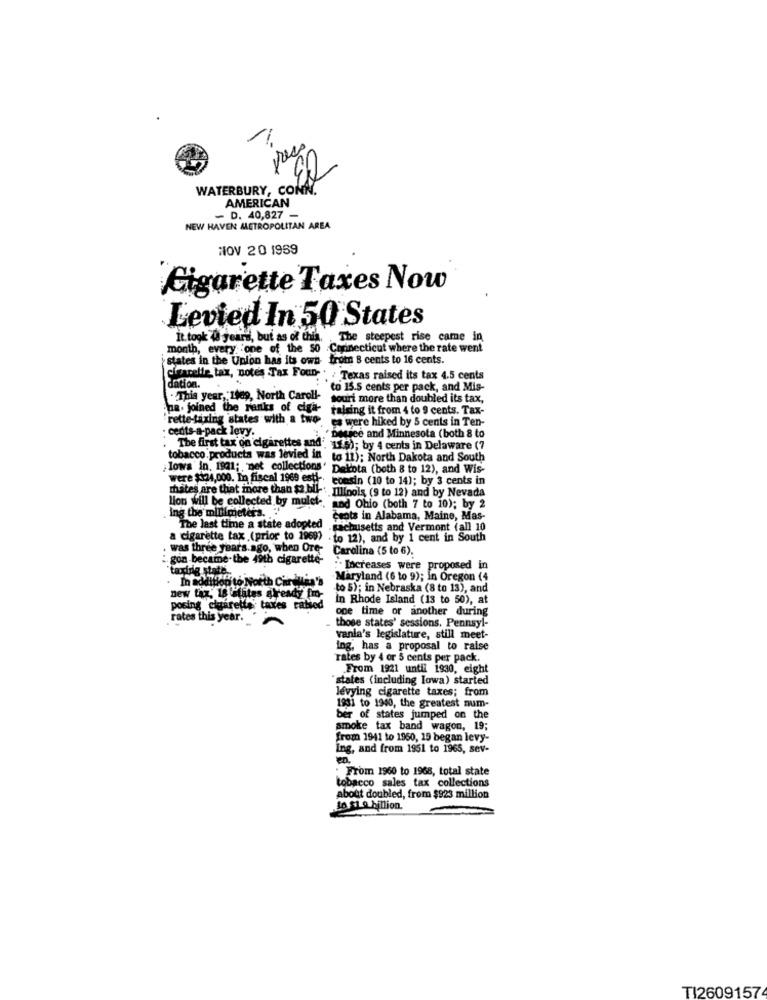
03
WATERBURY, CONN.
AMERICAN
- D. 40,827 -
NEW HAVEN ALETROPOLITAN AREA
NOV 20 1959
Cigarette Taxes Now
Levied In 50 States
It took d jeard, but as of thia, The steepest rise came in
month, every one of the 50 Connecticut where the rate went
states in the Union has its own- from 8 cents to 16 cents.
charlie tax, notes Tax Foun . : Texas raised its tax 4.5 cents
dation.
to 15.5 cents per pack, and Mis-
.This year, 1949, North Caroll-
souri more than doubled its tax,
Ppa. joined the ranks of cigar ralsing it from 4 to 9 cents. Tax-
"rette-taxing 'states with a two, es were hiked by 5 cents in Ten-
cedits-a-pack levy.
· Decree and Minnesota (both 8 to
The first tax on cigarettes and'. 12.5); by 4 cents in Delaware (7
tobacco. products was levied in to 11); North Dakota and South
Towa in. 1821 ;. net collections' Dekota (both 8 to 12), and Wis-
were $124,000. In fiscal 1969 esti-
consin (10 to 14); by 3 cents in
thates are that more than $2.bli-
.Illinois (9 to 12) and by Nevada
lions will be collected by mulet -, and Ohio (both 7 to 10); by 2
ing the millimeters. "
ceots in Alabama, Maine, Mas-
The last time a state adopted .michusetts and Vermont (all 10
a cigarette tax (prior to 1969) . to 12), and by 1 cent in South
was three years ago, when Ore Carolina (5 to 6).
gon became-the 49th cigarette-
taxirig state ..
.. Increases were proposed in
In addition to North Cir dulas's
Maryland (6 to 9); in Oregon (4
to 5); in Nebraska (8 to 13), and
new tax, L'etates already fro-
in Rhode Island (13 to 50), at
posing cigarette taxes rated
one time or another during
rates this year ..
those states' sessions. Pennsyl-
vania's legislature, still meet-
ing, has a proposal to raise
rates by 4 or 5 cents per pack.
From 1921 until 1930, eight
"states (including lowa) started
lévying cigarette taxes; from
1931 to 1940, the greatest num-
ber of states jumped on the
smoke tax band wagon, 19;
from 1941 to 1960, 15 began levy-
Ing, and from 1951 to 1965, sev-
: From 1960 to 1968, total state
tobacco sales tax collections
about doubled, from $923 million
to si o hillion.
TI2609157